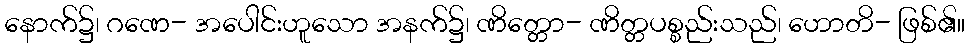
နောက်၌၊ ဂဏေ- အပေါင်းဟူသော အနက်၌၊ ဏိတ္တော- ဏိတ္တပစ္စည်းသည်၊ ဟောတိ- ဖြစ်၏။